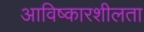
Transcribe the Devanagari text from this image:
आविष्कारशीलता